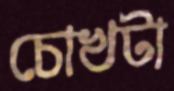
চোখটা